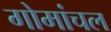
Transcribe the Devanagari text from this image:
गोमांचल